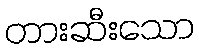
တားဆီးသော